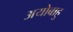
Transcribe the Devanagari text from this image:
अयोबाहु